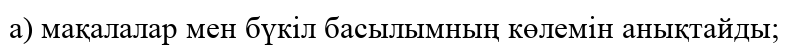
а) мақалалар мен бүкіл басылымның көлемін анықтайды;